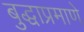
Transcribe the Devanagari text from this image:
बुद्धाप्रमाणे